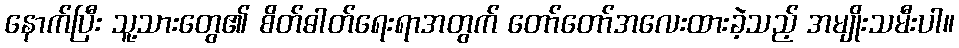
နောက်ပြီး သူ့သားတွေ၏ စိတ်ဓါတ်ရေးရာအတွက် တော်တော်အလေးထားခဲ့သည့် အမျိုးသမီးပါ။